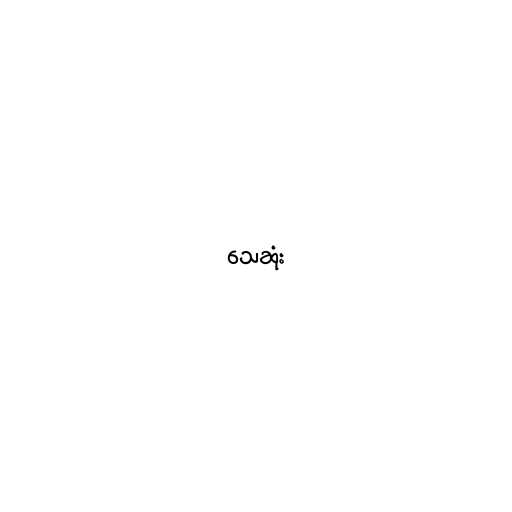
သေဆုံး